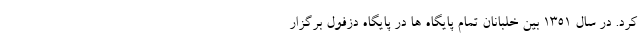
كرد. در سال 1351 بين خلبانان تمام پايگاه ها در پايگاه دزفول برگزار